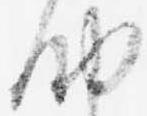
納